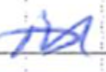
Text: in
Cross-out: diagonal
Writing tool: ballpoint